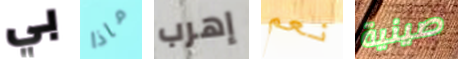
بي ماذا إهرب نعم صينية